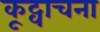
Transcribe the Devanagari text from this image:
कूट्वाचना